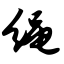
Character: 绳